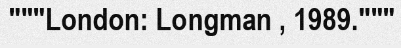
"""London: Longman , 1989."""